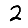
Digit: 2